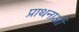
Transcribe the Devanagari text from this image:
प्राथनाओं